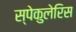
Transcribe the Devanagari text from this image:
स्पेकुलेरिस